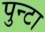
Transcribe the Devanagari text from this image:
पुन्टा